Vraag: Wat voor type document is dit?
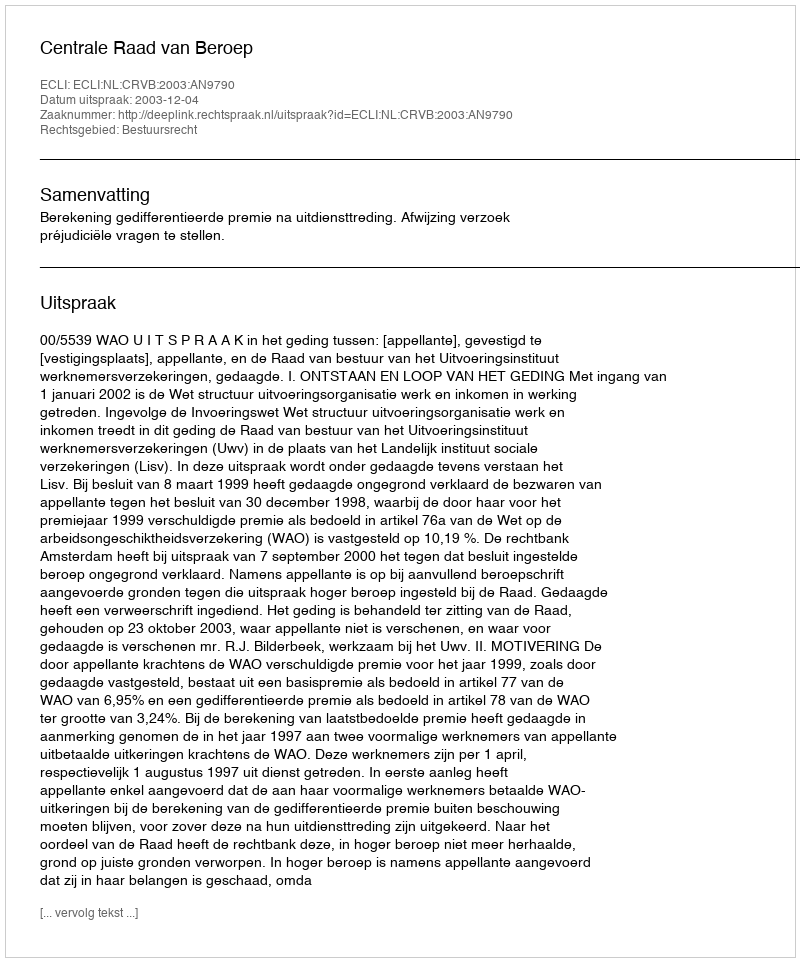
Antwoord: Uitspraak